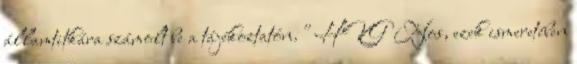
államtitkára számolt be a tájékoztatón." HVG Nos, ezek ismeretében